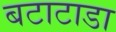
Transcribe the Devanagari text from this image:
बटाटाडा